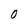
Character: O